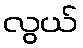
လွယ်